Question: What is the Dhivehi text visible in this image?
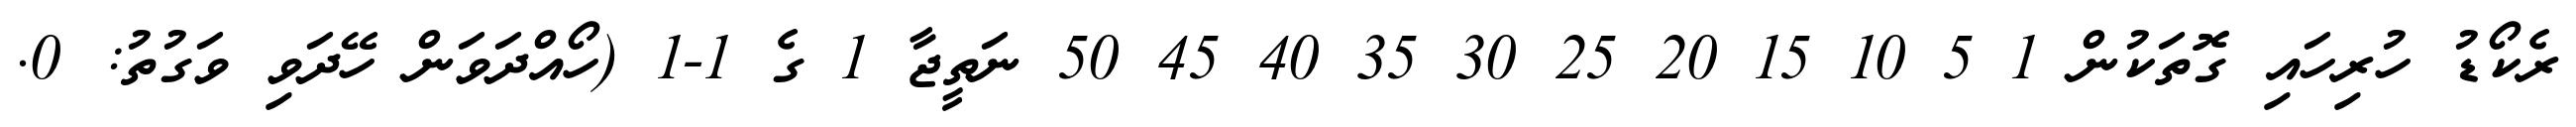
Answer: ރެކޯޑު ހުރިހައި ގޮތަކުން 1 5 10 15 20 25 30 35 40 45 50 ނަތީޖާ 1 ގެ 1-1 (ހޯއްދަވަން ހޭދަވި ވަގުތު: 0.